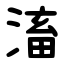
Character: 滀